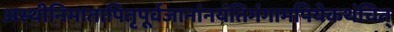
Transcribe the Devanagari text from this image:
अस्थीनिमातापितृपूर्वजानांनयंतिगंगामपियेकथंचित्